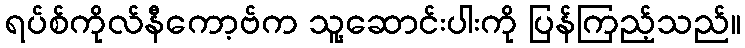
ရပ်စ်ကိုလ်နီကော့ဗ်က သူ့ဆောင်းပါးကို ပြန်ကြည့်သည်။